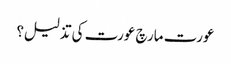
عورت مارچ عورت کی تذلیل؟